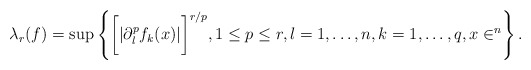
\begin{align*}\lambda_r(f) = \sup\left\{\bigg[|\partial_l^p f_k (x)|\bigg]^{r/p}, 1 \leq p \leq r,l = 1, \dots,n, k = 1, \dots, q, x \in \real^n \right\}.\end{align*}